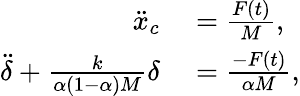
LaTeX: \begin{array}{rl}{\ddot{x}_{c}}&{{}=\frac{F(t)}{M},}\\ {\ddot{\delta}+\frac{k}{\alpha(1-\alpha)M}\delta}&{{}=\frac{-F(t)}{\alpha M},}\end{array}